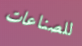
للصناعات